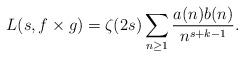
LaTeX: \begin{align*} L(s, f\times g) = \zeta(2s) \sum_{n \geq 1} \frac{a(n) b(n)}{n^{s + k - 1}}.\end{align*}